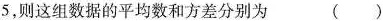
5，则这组数据的平均数和方差分别为 ( )